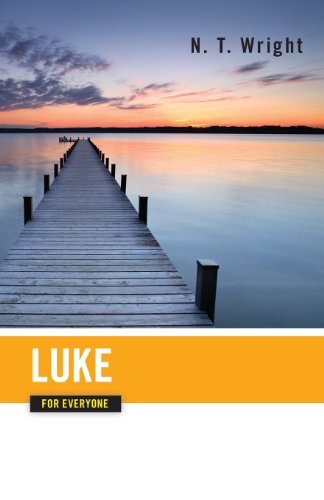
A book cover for Luke for Everyone (The New Testament for Everyone); Tom Wright; Christian Books & Bibles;